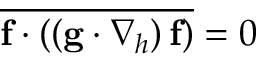
\overline { { \mathbf { f } \cdot \left( \left( \mathbf { g } \cdot \boldsymbol { \nabla } _ { h } \right) \mathbf { f } \right) } } = 0